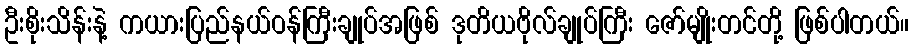
ဦးစိုးသိန်းနဲ့ ကယားပြည်နယ်ဝန်ကြီးချုပ်အဖြစ် ဒုတိယဗိုလ်ချုပ်ကြီး ဇော်မျိုးတင်တို့ ဖြစ်ပါတယ်။